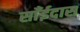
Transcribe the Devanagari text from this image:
साँईदास